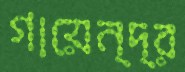
গায়েন্দ্র